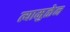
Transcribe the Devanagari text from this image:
त्यामुळेन